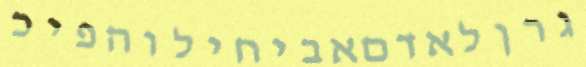
גרןלאדםאביחילוהפיכ